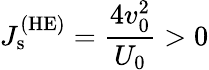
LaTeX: J_{\mathrm{s}}^{\mathrm{(HE)}}=\frac{4v_{0}^{2}}{U_{0}}>0